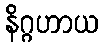
နိဂ္ဂဟာယ